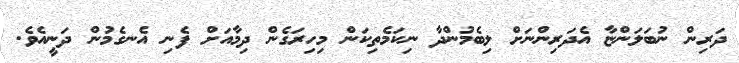
ދަރިން ނުބަލަންޏާ އެދަރިންނަށް ލިބެމުންދާ ނިކަމެތިކަން މިހިރަގެން ދިމާއަށް ފެނި އެނގެމުން ދަނީއެވެ.